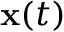
{ \mathbf { x } } ( t )